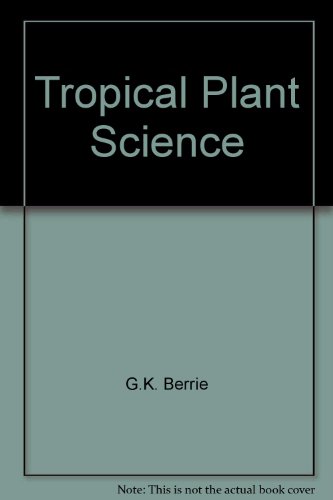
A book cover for Tropical Plant Science; G.K. Berrie; Science & Math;